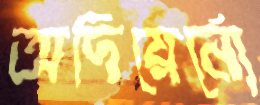
অদিয়ের্নো